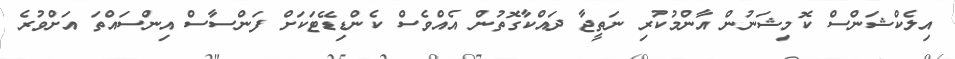
އިލެކްޝަންސް ކޮމިޝަނުން އާންމުކުރި ނަތީޖާ ދައްކާގޮތުން އެއްވެސް ކެންޑިޑޭޓަކަށް ފަންސާސް އިންސައްތަ އަށްވުރެ